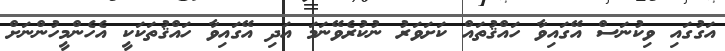
އަގުގައި ވިކުނަސް އޭގައިވާ ހައްޤުތައް ކަށަވަރު ނުކުރެވޭނަމަ އަދި އޭގައިވާ ހައްޤުތަކަކީ އެހެންމީހުންނަށް